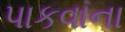
પાકવાના